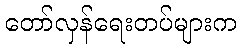
တော်လှန်ရေးတပ်များက